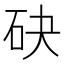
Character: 砄